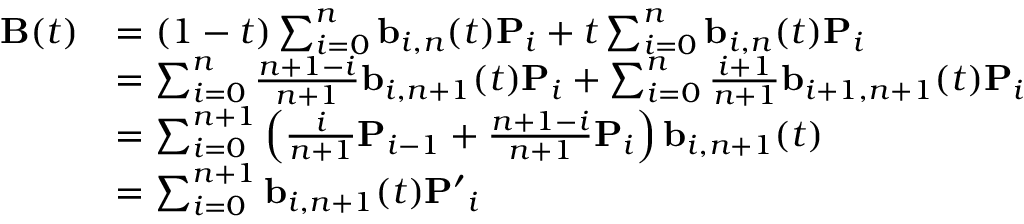
{ \begin{array} { r l } { \mathbf { B } ( t ) } & { = ( 1 - t ) \sum _ { i = 0 } ^ { n } \mathbf { b } _ { i , n } ( t ) \mathbf { P } _ { i } + t \sum _ { i = 0 } ^ { n } \mathbf { b } _ { i , n } ( t ) \mathbf { P } _ { i } } \\ & { = \sum _ { i = 0 } ^ { n } { \frac { n + 1 - i } { n + 1 } } \mathbf { b } _ { i , n + 1 } ( t ) \mathbf { P } _ { i } + \sum _ { i = 0 } ^ { n } { \frac { i + 1 } { n + 1 } } \mathbf { b } _ { i + 1 , n + 1 } ( t ) \mathbf { P } _ { i } } \\ & { = \sum _ { i = 0 } ^ { n + 1 } \left( { \frac { i } { n + 1 } } \mathbf { P } _ { i - 1 } + { \frac { n + 1 - i } { n + 1 } } \mathbf { P } _ { i } \right) \mathbf { b } _ { i , n + 1 } ( t ) } \\ & { = \sum _ { i = 0 } ^ { n + 1 } \mathbf { b } _ { i , n + 1 } ( t ) \mathbf { P ^ { \prime } } _ { i } } \end{array} }